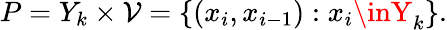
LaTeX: P=Y_{k}\times\mathcal{V}=\{ (x_{i},x_{i-1}):x_{i}\inY_{k}\} .